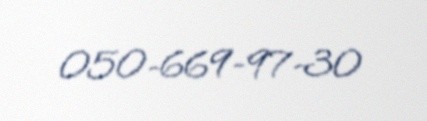
050-669-97-30